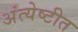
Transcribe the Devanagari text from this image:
अंत्येष्टीत